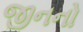
જીનનો